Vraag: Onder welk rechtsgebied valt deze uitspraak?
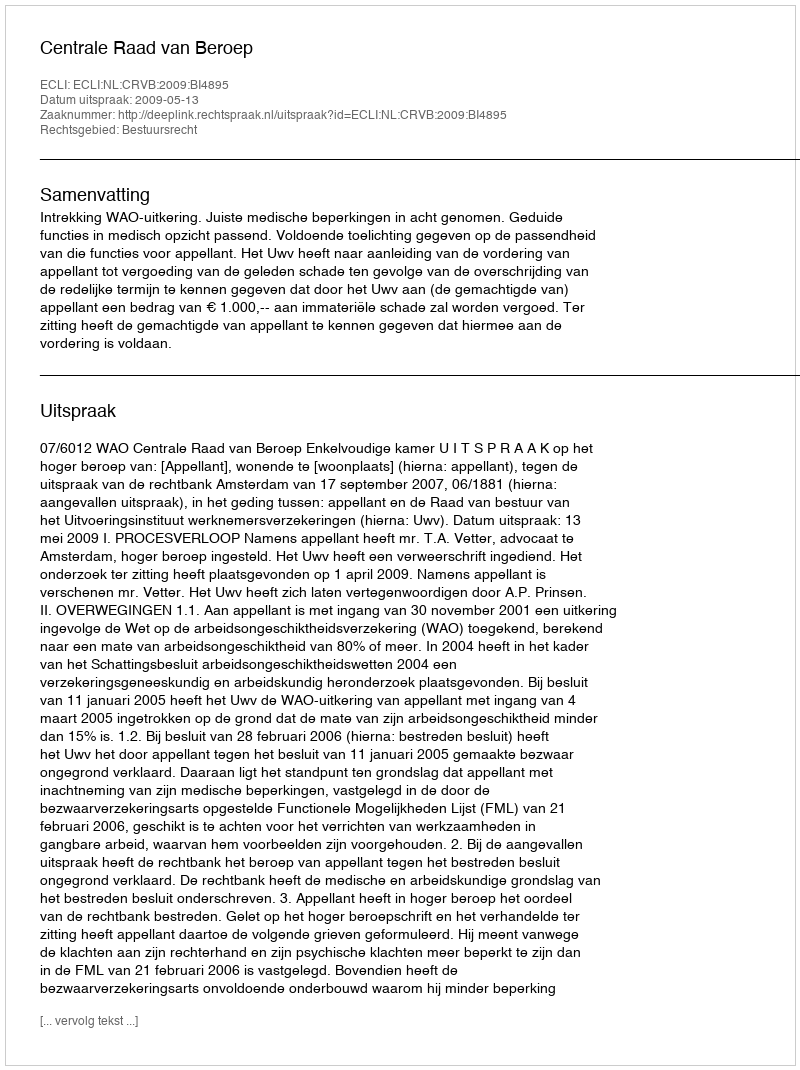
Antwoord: Bestuursrecht